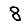
Digit: 8